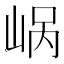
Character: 𪨹